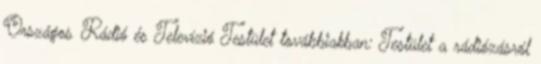
Országos Rádió és Televízió Testület továbbiakban: Testület a rádiózásról